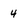
Character: 4